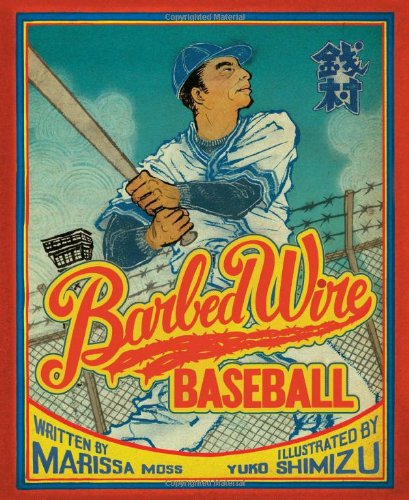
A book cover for Barbed Wire Baseball: How One Man Brought Hope to the Japanese Internment Camps of WWII; Marissa Moss; Children's Books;